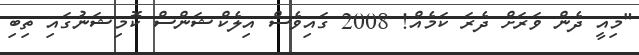
"މިއީ ދެން ވަރަށް ދެރަ ކަމެއް! 2008 ގައިވެސް އިލެކްޝަންސް ކޮމިޝަނުގައި ތިބި